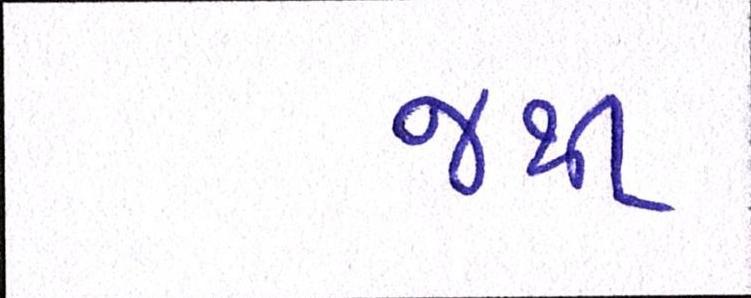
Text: જથી